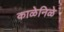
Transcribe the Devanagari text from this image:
काळेनिळे